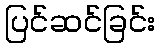
ပြင်ဆင်ခြင်း